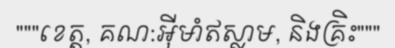
"""ខេត្ត, គណ:អ៊ីមាំឥស្លាម, និងគ្រិះ"""